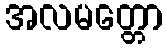
အလမတ္တော